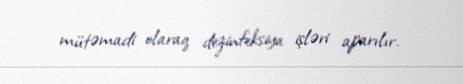
mütəmadi olaraq dezinfeksiya işləri aparılır.